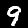
Label: 9